Annual report of the Civil Veterinary Department, Bengal, and of the Bengal Veterinary College for the year 1903-1904 - 1903-1904
Year: 1903
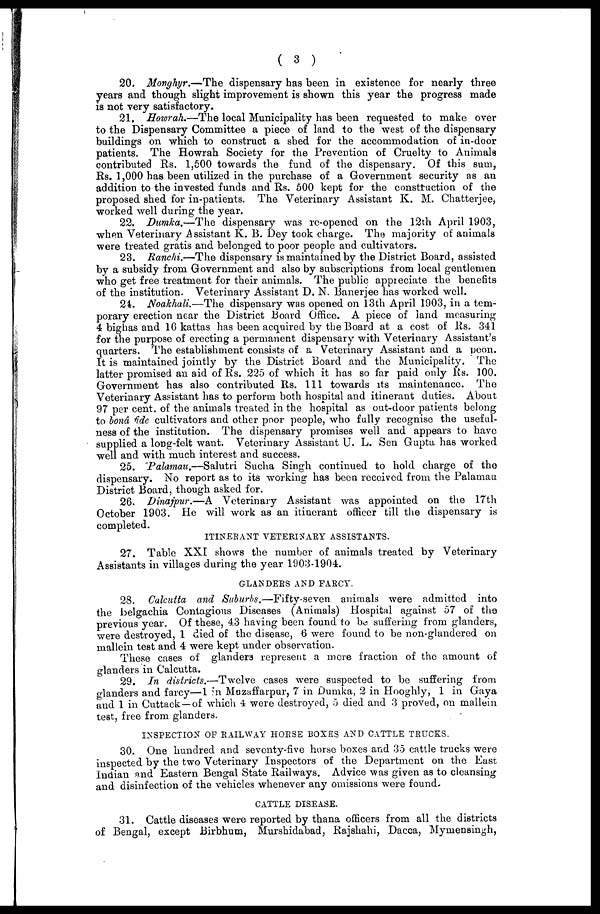
( 3 )
20. Monghyr.—The dispensary has been in existence for nearly three
years and though slight improvement is shown this year the progress made
is not very satisfactory.
21. Howrah.—The local Municipality has been requested to make over
to the Dispensary Committee a piece of land to the west of the dispensary
buildings on which to construct a shed for the accommodation of in-door
patients. The Howrah Society for the Prevention of Cruelty to Animals
contributed Rs. 1,500 towards the fund of the dispensary. Of this sum,
Rs. 1,000 has been utilized in the purchase of a Government security as an
addition to the invested funds and Rs, 500 kept for the construction of the
proposed shed for in-patients. The Veterinary Assistant K. M. Chatterjee,
worked well during the year.
22. Dumka.—The dispensary was re-opened on the 12th April 1903,
when Veterinary Assistant K. B. Dey took charge. The majority of animals
were treated gratis and belonged to poor people and cultivators.
23. Ranchi.—The dispensary is maintained by the District Board, assisted
by a subsidy from Government and also by subscriptions from local gentlemen
who get free treatment for their animals. The public appreciate the benefits
of the institution. Veterinary Assistant D. N. Bauerjee has worked well.
24. Noakhali.—The dispensary was opened on 13th April 1903, in a tem-
porary erection near the District Board Office. A piece of land measuring
4 bighas and 16 kattas has been acquired by the Board at a cost of lis. 341
for the purpose of erecting a permanent dispensary with Veterinary Assistant's
quarters. The establishment consists of a Veterinary Assistant and a peon.
It is maintained jointly by the District Board and the Municipality. The
latter promised an aid of Rs. 225 of which it has so far paid only Rs. 100.
Government has also contributed Rs. 111 towards its maintenance. The
Veterinary Assistant has to perform both hospital and itinerant duties. About
97 per cent. of the animals treated in the hospital as out-door patients belong
to bonâ fide cultivators and other poor people, who fully recognise the useful-
ness of the institution. The dispensary promises well and appears to have
supplied a long-felt want. Veterinary Assistant U. L. Sen Gupta has worked
well and with much interest and success.
25. Palamau.—Salutri Sucha Singh continued to hold charge of the
dispensary. No report as to its working has been received from the Palamau
District Board, though asked for.
26. Dinajpur.—A Veterinary Assistant was appointed on the 17th
October 1903. He will work as an itinerant officer till the dispensary is
completed.
ITINERANT VETERINARY ASSISTANTS.
27. Table XXI shows the number of animals treated by Veterinary
Assistants in villages during the year 1903-1904.
GLANDERS AND FARCY.
28. Calcutta and Suburbs—Fifty-seven
animals were admitted into
the Belgachia Contagious Diseases (Animals) Hospital against 57 of the
previous year. Of these, 43 having been found to bo suffering from glanders,
were destroyed, 1 died of the disease, 6 were found to be non-glandered on
mallein test and 4 were kept under observation.
These cases of glandera represent a mere fraction of the amount of
glanders in Calcutta.
29. In districts.—Twelve cases were suspected to be suffering from
glanders and farcy—1 in Muzaffarpur, 7 in Dumka, 2 in Hooghly, 1 in Gaya
and 1 in Cuttack—of which 4 were destroyed, 5 died and 3 proved, on mallein
test, free from glanders.
INSPECTION OF RAILWAY HORSE BOXES AND CATTLE TRUCKS.
30. One hundred and seventy-five horse boxes and 35 cattle trucks were
inspected by the two Veterinary Inspectors of the Department on the East
Indian and Eastern Bengal State Railways. Advice was given as to cleansing
and disinfection of the vehicles whenever any omissions were found.
CATTLE DISEASE.
31. Cattle diseases were reported by thana officers from all the districts
of Bengal, except Birbhum, Murshidabad, Rajshahi, Dacca, Mymensingh,